Reports on dispensaries and lunatic asylums in the Province of Oudh - 1869-1876
Year: 1869
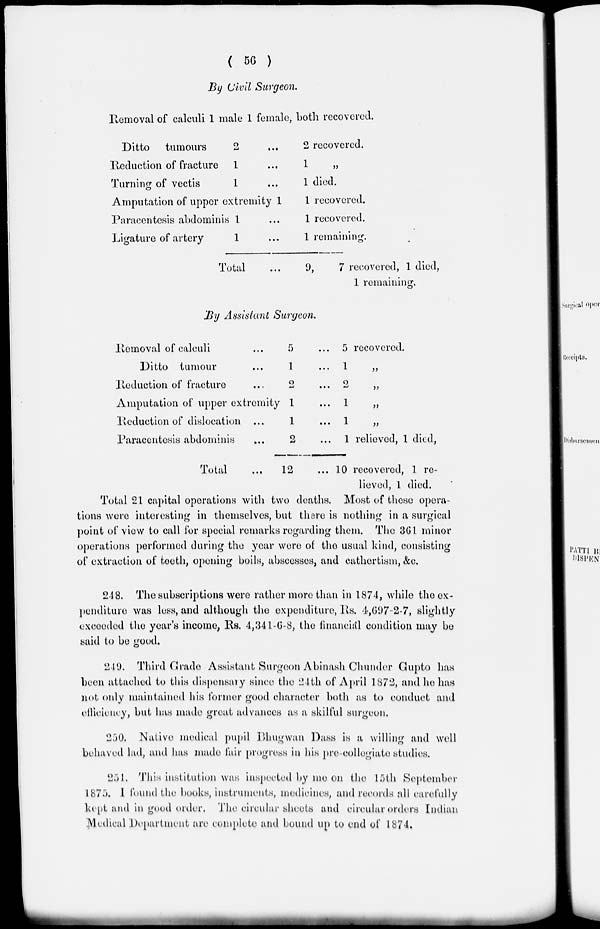
( 56 )
By Civil Surgeon.
Removal of calculi 1 male 1 female, both recovered.
Ditto
tumours
Reduction of fracture
Turning of vectis
2 ...
1 ...
1 ...
Amputation of upper extremity 1
Paracentesis abdominis
Ligature of artery
1 ...
1 ...
Total
2 recovered.
1 „
1 died.
1 recovered.
1 recovered.
1 remaining.
9,
7 recovered, 1 died,
1 remaining.
By Assistant Surgeon.
Removal of calculi ...
Ditto tumour ...
Reduction of fracture ...
Amputation of upper extremity
Reduction of dislocation ...
Paracentesis abdominis ...
Total ...
5 ...
1 ...
2
...
1 ...
1 ...
2
...
12 ...
5 recovered.
1 „
2 „
1 „
1 „
1 relieved, 1 died,
10 recovered, 1 re-
lieved, 1 died.
Total 21 capital operations with two deaths. Most of these opera-
tions were interesting in themselves, but there is nothing in a surgical
point of view to call for special remarks regarding them. The 361 minor
operations performed during the year were of the usual kind, consisting
of extraction of teeth, opening boils, abscesses, and cathertism, &c.
248. The subscriptions were rather more than in 1874, while the ex-
penditure was less, and although the expenditure, Rs. 4,697-2-7, slightly
exceeded the year's income, Rs. 4,341-6-8, the financial condition may be
said to be good.
249. Third Grade Assistant Surgeon Abinash Chunder Gupto has
been attached to this dispensary since the 24th of April 1872, and he has
not only maintained his former good character both as to conduct and
efficiency, but has made great advances as a skilful surgeon.
250. Native medical pupil Bhugwan Dass is a willing and well
behaved lad, and has made fair progress in his pre-collegiate studies.
251. This institution was inspected by me on the 15th September
1875. I found the books, instruments, medicines, and records all carefully
kept and in good order. The circular sheets and circular orders Indian
Medical Department are complete and bound up to end of 1874.